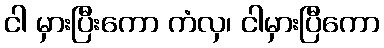
ငါ မှားပြီးကော ကံလှ၊ ငါမှားပြီကော